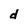
Character: d